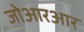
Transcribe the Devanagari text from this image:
जोआरआर